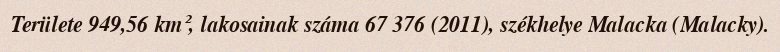
Területe 949,56 km², lakosainak száma 67 376 (2011), székhelye Malacka (Malacky).